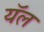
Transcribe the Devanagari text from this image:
यॅल